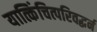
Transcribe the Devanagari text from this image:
यात्किंचित्परिवद्धर्न